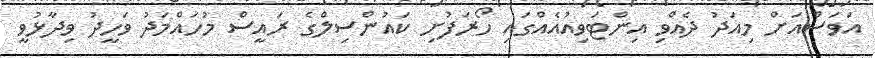
އަވަސްއަށް މިއަދު ދެއްވި އިންޓަވިއުއެއްގައި ހޯރަފުށި ކައުންސިލްގެ ރައީސް މުހައްމަދު ވަހީދު ވިދާޅުވީ